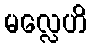
မလ္လေဟိ